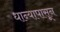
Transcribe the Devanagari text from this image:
धान्यापासून